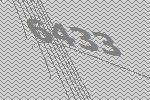
6433